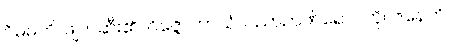
ဝိဓမတိ၊ ဖျက်ဆီး၏။ ဝိဇ္ဇောဘာသံ၊ ပညာဉာဏ်ရောင်ကို။ ဇနေတိ၊